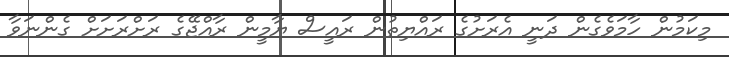
މިކަމުން ހާމަވެގެން ދަނީ އެރަށުގެ ރައްޔިތުން ރައީސް ޔާމީން ރާއްޖޭގެ ރަށްރަށަށް ގެންނަވާ